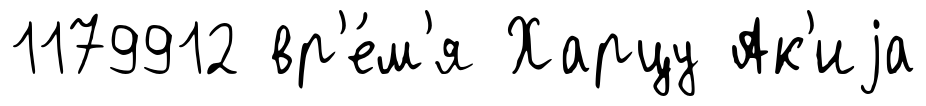
1179912 вр'е́м'я Харцу Ак'иjа